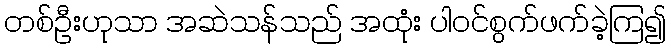
တစ်ဦးဟုသာ အဆဲသန်သည် အထုံး ပါဝင်စွက်ဖက်ခဲ့ကြ၍